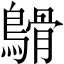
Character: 𪄥